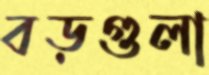
বড়গুলা